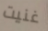
غنيت